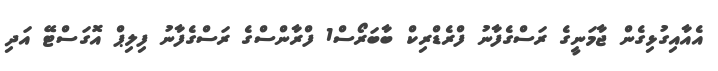
އެއާއިގުޅިގެން ޖާމަނީގެ ރަސްގެފާނު ފްރެޑްރިކް ބާބަރޯސް1 ފްރާންސްގެ ރަސްގެފާނު ފިލިޕް އޮގަސްޓޭ އަދި